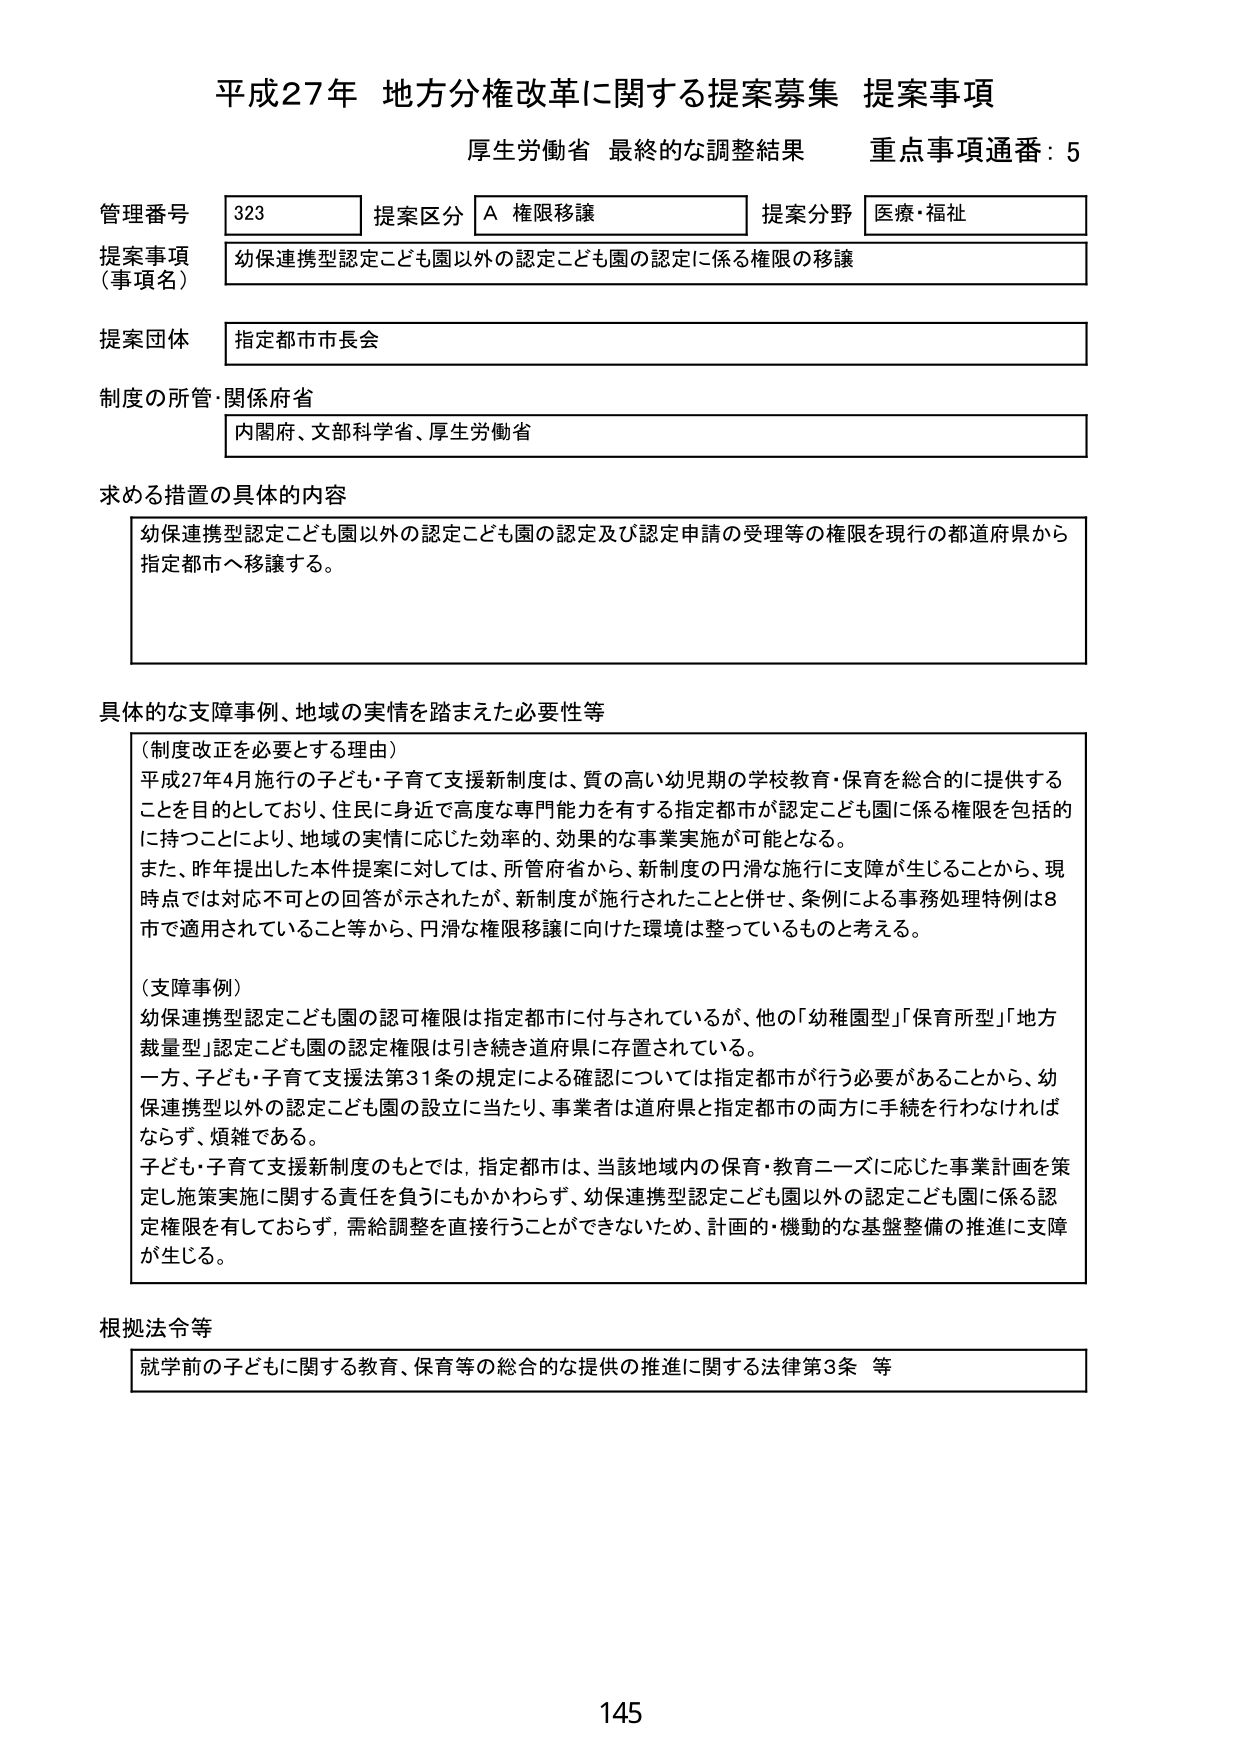
平成27年 地方分権改革に関する提案募集 提案事項
厚生労働省 最終的な調整結果 重点事項通番：5

管理番号 323 提案区分 A 権限移譲 提案分野 医療・福祉
提案事項（事項名） 幼保連携型認定こども園以外の認定こども園の認定に係る権限の移譲
提案団体 指定都市市長会
制度の所管・関係府省 内閣府、文部科学省、厚生労働省

求める措置の具体的内容
幼保連携型認定こども園以外の認定こども園の認定及び認定申請の受理等の権限を現行の都道府県から指定都市へ移譲する。

具体的な支障事例、地域の実情を踏まえた必要性等
（制度改正を必要とする理由）
平成27年4月施行の子ども・子育て支援新制度は、質の高い幼児期の学校教育・保育を総合的に提供することを目的としており、住民に身近で高度な専門能力を有する指定都市が認定こども園に係る権限を包括的に持つことにより、地域の実情に応じた効率的、効果的な事業実施が可能となる。
また、昨年提出した本件提案に対しては、所管府省から、新制度の円滑な施行に支障が生じることから、現時点では対応不可との回答が示されたが、新制度が施行されたことと併せ、条例による事務処理特例は8市で適用されていること等から、円滑な権限移譲に向けた環境は整っているものと考える。

（支障事例）
幼保連携型認定こども園の認可権限は指定都市に付与されているが、他の「幼稚園型」「保育所型」「地方裁量型」認定こども園の認定権限は引き続き道府県に存置されている。
一方、子ども・子育て支援法第31条の規定による確認については指定都市が行う必要があることから、幼保連携型以外の認定こども園の設立に当たり、事業者は道府県と指定都市の両方に手続を行わなければならず、煩雑である。
子ども・子育て支援新制度のもとでは、指定都市は、当該地域内の保育・教育ニーズに応じた事業計画を策定し施策実施に関する責任を負うにもかかわらず、幼保連携型認定こども園以外の認定こども園に係る認定権限を有しておらず、需給調整を直接行うことができないため、計画的・機動的な基盤整備の推進に支障が生じる。

根拠法令等
就学前の子どもに関する教育、保育等の総合的な提供の推進に関する法律第3条 等

145